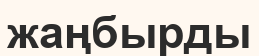
жаңбырды